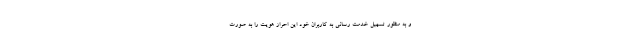
و به منظور تسهیل خدمت رسانی به کاربران خود این احراز هویت را به صورت